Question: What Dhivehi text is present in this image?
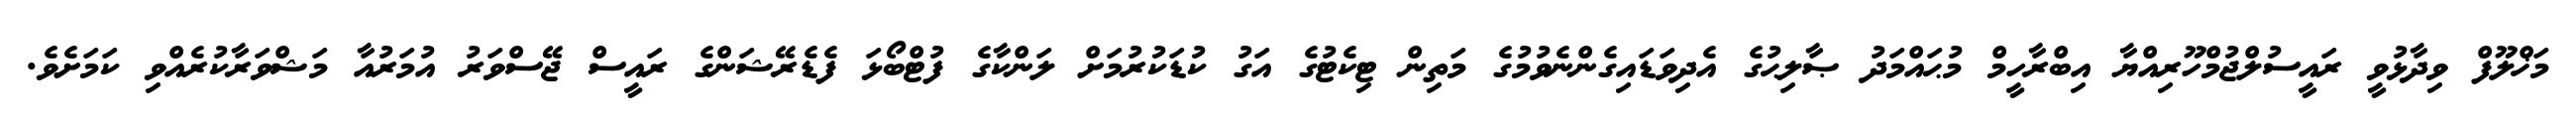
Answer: މަޚްލޫފް ވިދާޅުވީ ރައީސުލްޖުމްހޫރިއްޔާ އިބްރާހީމް މުޙައްމަދު ޞާލިޙުގެ އެދިވަޑައިގެންނެވުމުގެ މަތިން ޓިކެޓުގެ އަގު ކުޑަކުރުމަށް ލަންކާގެ ފުޓްބޯޅަ ފެޑެރޭޝަންގެ ރައީސް ޖޭސްވަރު އުމަރުއާ މަޝްވަރާކުރެއްވި ކަމަށެވެ.